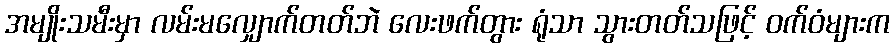
အမျိုးသမီးမှာ လမ်းမလျှောက်တတ်ဘဲ လေးဖက်တွား ရုံသာ သွားတတ်သဖြင့် ဝက်ဝံများက